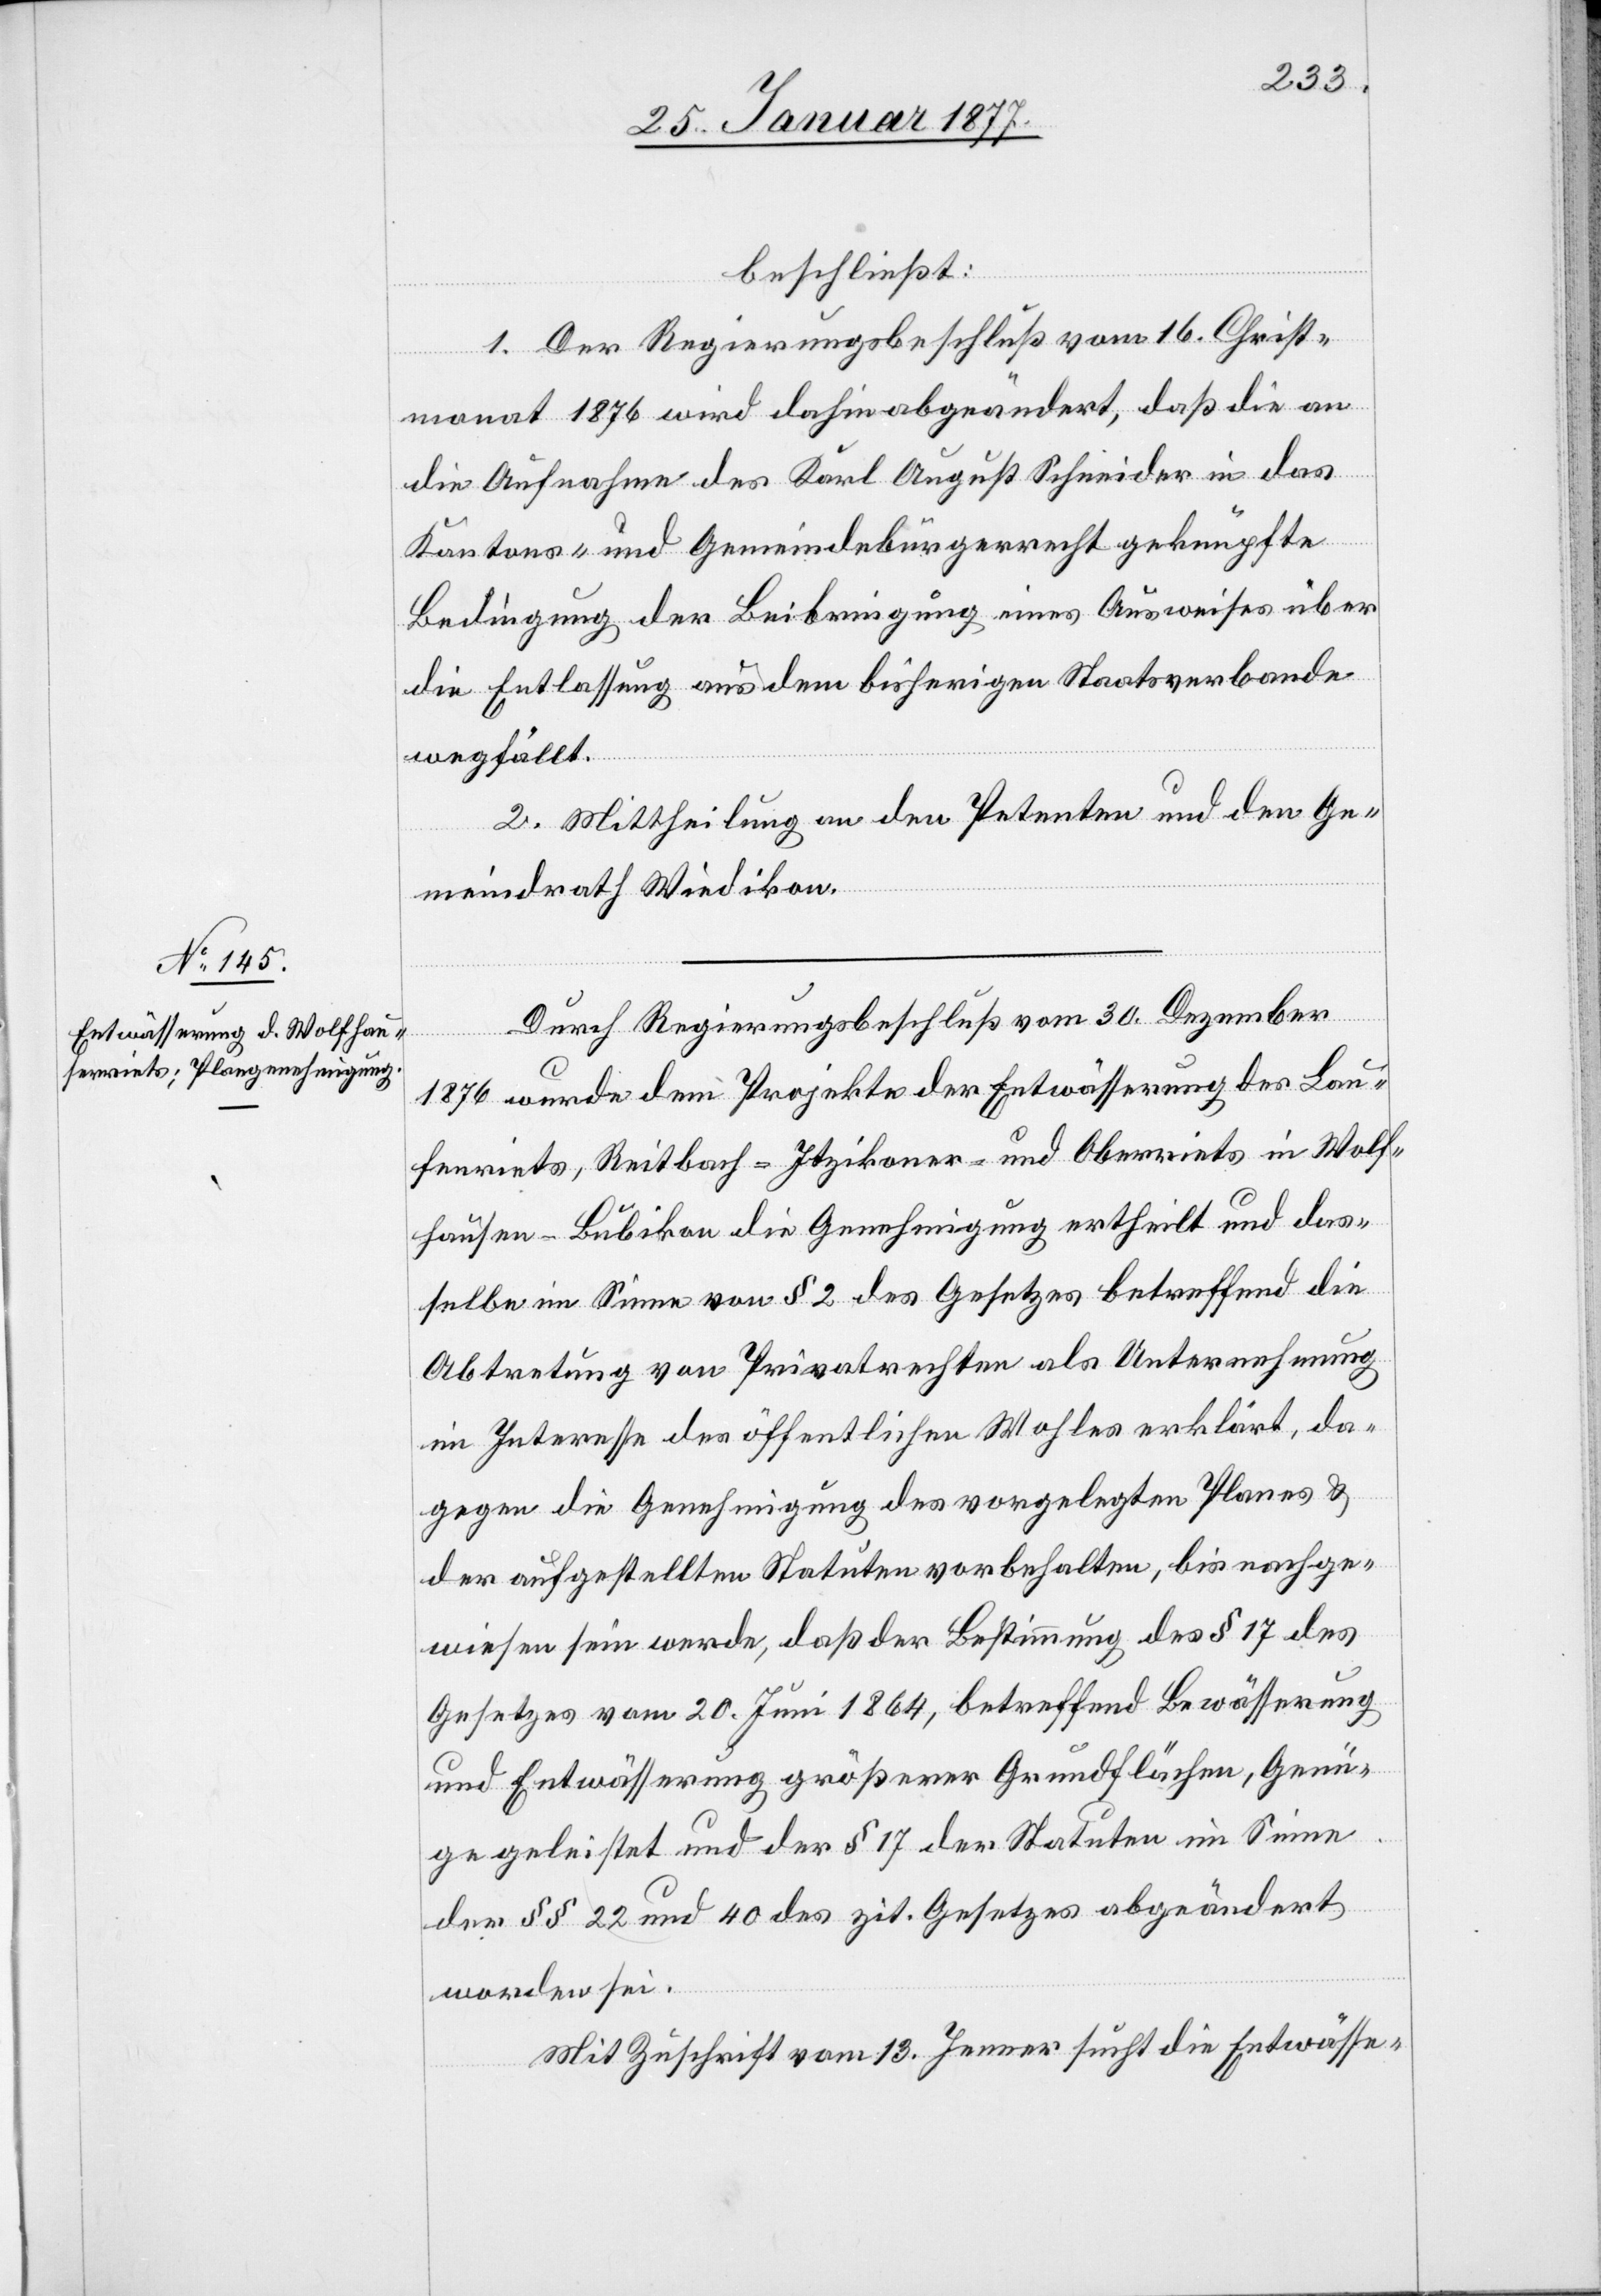
beschließt:
1. Der Regierungsbeschluß vom 16. Christ¬
monat 1876 wird dahin abgeändert, daß die an
die Aufnahme des Karl August Schneider in das
Kantons- und Gemeindebürgerrecht geknüpfte
Bedingung der Beibringung eines Ausweises über
die Entlassung aus dem bisherigen Staatsverbande
wegfällt.
2. Mittheilung an den Petenten und den Ge¬
meindrath Wiedikon.
Durch Regierungsbeschluß vom 30. Dezember
1876 wurde dem Projekte der Entwässerung der Lau¬
fenriets, Rietbach-Itzikoner- und Oberriets in Wolf¬
hausen - Bubikon die Genehmigung ertheilt und das¬
selbe im Sinne von § 2 des Gesetzes betreffend die
Abtretung von Privatrechten als Unternehmung
im Interesse des öffentlichen Wohles erklärt, da¬
gegen die Genehmigung des vorgelegten Planes &
der ausgestellten Statuten vorbehalten, bis nachge¬
wiesen sein werde, daß der Bestimmung des § 17 des
Gesetzes vom 20. Juni 1864, betreffend Bewässerung
und Entwässerung größerer Grundflächen, Genü¬
ge geleistet und der § 17 der Statuten im Sinne
der §§ 22 und 20 des zit. Gesetzes abgeändert
worden sei.
Mit Zuschrift vom 13. Jenner sucht die Entwässe-